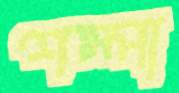
শম্পা